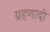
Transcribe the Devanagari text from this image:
ग्रहणादी